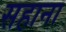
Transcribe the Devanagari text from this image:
सहाना